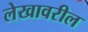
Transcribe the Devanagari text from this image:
लेखावरील